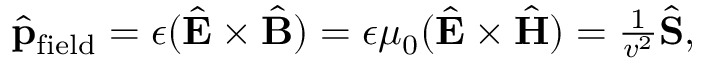
\begin{array} { r } { \hat { \bf p } _ { \mathrm { f i e l d } } = \epsilon ( \hat { \bf E } \times \hat { \bf B } ) = \epsilon \mu _ { 0 } ( \hat { \bf E } \times \hat { \bf H } ) = \frac { 1 } { v ^ { 2 } } \hat { \bf S } , } \end{array}